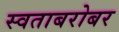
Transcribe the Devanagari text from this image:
स्वताबरोबर